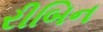
રીબિન